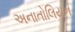
અનાતોલિયન